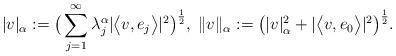
LaTeX: \begin{align*}|v|_\alpha:=\big(\sum_{j=1}^\infty \lambda_j^\alpha|\big<v,e_j\big>|^2\big)^{\frac12},\;\|v\|_\alpha:=\big(|v|_\alpha^2+|\big<v,e_0\big>|^2\big)^{\frac12}.\end{align*}